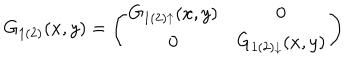
G _ { 1 ( 2 ) } ( x , y ) = \left( \begin{array} { c c } { { G _ { 1 ( 2 ) \uparrow } ( x , y ) } } & { { 0 \nonumber } } \\ { { 0 } } & { { G _ { 1 ( 2 ) \downarrow } ( x , y ) } } \\ \end{array} \right)